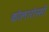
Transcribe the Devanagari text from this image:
कोलारोस्सी